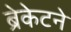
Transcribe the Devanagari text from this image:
ब्रेकेटने